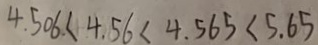
4 . 5 0 6 < 4 . 5 6 < 4 . 5 6 5 < 5 . 6 5